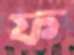
ফ